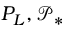
P _ { L } , \mathcal { P } _ { * }